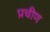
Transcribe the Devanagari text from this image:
प्रचीण